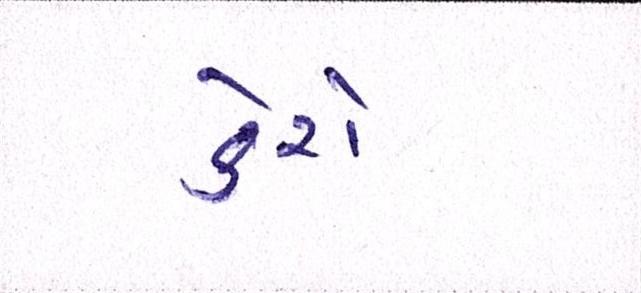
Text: ડેરો